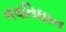
નવવિધાન